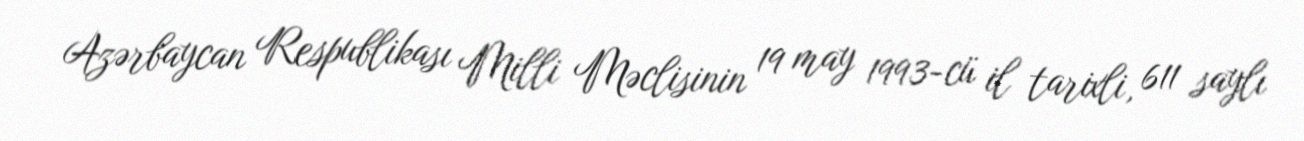
Azərbaycan Respublikası Milli Məclisinin 19 may 1993-cü il tarixli, 611 saylı